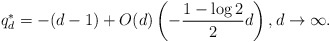
\begin{align*}q_d^* = -(d-1) + O(d)\left(-\frac{1-\log 2}{2}d\right), d \to \infty.\end{align*}